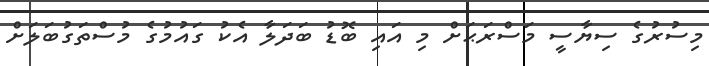
މިސުރުގެ ސިޔާސީ މަސްރަޙަށް މި އައި ބޮޑު ބަދަލާ އެކު ގައުމުގެ މުސްތަގުބަލަށް